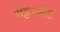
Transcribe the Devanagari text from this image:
सेट्टल्मेंट